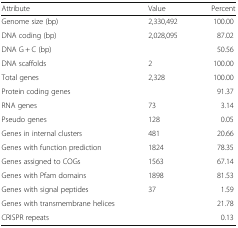
<table><thead><tr><td><b>Attribute</b></td><td><b>Value</b></td><td><b>Percent</b></td></tr></thead><tbody><tr><td>Genome size (bp)</td><td>2,330,492</td><td>100.00</td></tr><tr><td>DNA coding (bp)</td><td>2,028,095</td><td>87.02</td></tr><tr><td>DNA G + C (bp)</td><td>[EMPTY_CELL]</td><td>50.56</td></tr><tr><td>DNA scaffolds</td><td>2</td><td>100.00</td></tr><tr><td>Total genes</td><td>2,328</td><td>100.00</td></tr><tr><td>Protein coding genes</td><td>[EMPTY_CELL]</td><td>91.37</td></tr><tr><td>RNA genes</td><td>73</td><td>3.14</td></tr><tr><td>Pseudo genes</td><td>128</td><td>0.05</td></tr><tr><td>Genes in internal clusters</td><td>481</td><td>20.66</td></tr><tr><td>Genes with function prediction</td><td>1824</td><td>78.35</td></tr><tr><td>Genes assigned to COGs</td><td>1563</td><td>67.14</td></tr><tr><td>Genes with Pfam domains</td><td>1898</td><td>81.53</td></tr><tr><td>Genes with signal peptides</td><td>37</td><td>1.59</td></tr><tr><td>Genes with transmembrane helices</td><td>[EMPTY_CELL]</td><td>21.78</td></tr><tr><td>CRISPR repeats</td><td>[EMPTY_CELL]</td><td>0.13</td></tr></tbody></table>